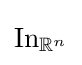
\operatorname {In} _{\mathbb {R} ^{n}}